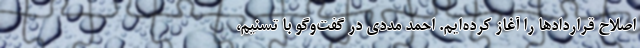
اصلاح قراردادها را آغاز کرده‌ایم. احمد مددی در گفت‌وگو با تسنیم،